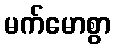
မက်မောစွာ